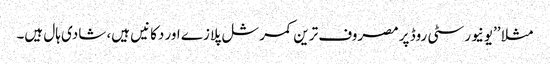
مثلا ’’یونیورسٹی روڈ پر مصروف ترین کمرشل پلازے اور دکانیں ہیں، شادی ہال ہیں۔